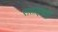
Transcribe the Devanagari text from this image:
सताइसवीं